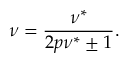
\nu = { \frac { \nu ^ { * } } { 2 p \nu ^ { * } \pm 1 } } .